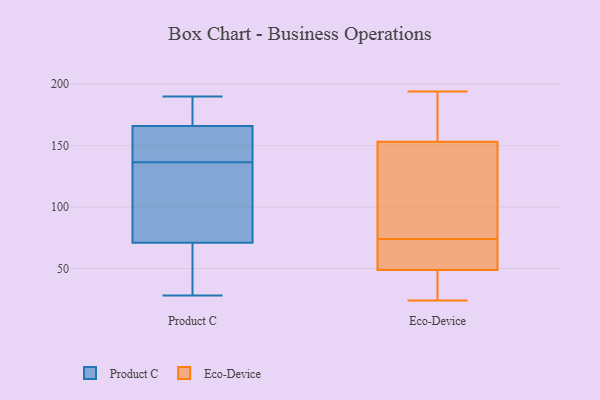
{"axis": {"x": "Budget (USD K)", "y": "Value"}, "legend": ["Eco-Device", "Product C"], "data": [{"x": "", "y": 56, "type": "Product C"}, {"x": "", "y": 131, "type": "Product C"}, {"x": "", "y": 142, "type": "Product C"}, {"x": "", "y": 71, "type": "Product C"}, {"x": "", "y": 28, "type": "Product C"}, {"x": "", "y": 171, "type": "Product C"}, {"x": "", "y": 165, "type": "Product C"}, {"x": "", "y": 190, "type": "Product C"}, {"x": "", "y": 166, "type": "Product C"}, {"x": "", "y": 75, "type": "Product C"}, {"x": "", "y": 194, "type": "Eco-Device"}, {"x": "", "y": 189, "type": "Eco-Device"}, {"x": "", "y": 46, "type": "Eco-Device"}, {"x": "", "y": 39, "type": "Eco-Device"}, {"x": "", "y": 24, "type": "Eco-Device"}, {"x": "", "y": 103, "type": "Eco-Device"}, {"x": "", "y": 24, "type": "Eco-Device"}, {"x": "", "y": 103, "type": "Eco-Device"}, {"x": "", "y": 166, "type": "Eco-Device"}, {"x": "", "y": 57, "type": "Eco-Device"}, {"x": "", "y": 192, "type": "Eco-Device"}, {"x": "", "y": 74, "type": "Eco-Device"}, {"x": "", "y": 61, "type": "Eco-Device"}, {"x": "", "y": 71, "type": "Eco-Device"}, {"x": "", "y": 115, "type": "Eco-Device"}]}